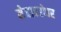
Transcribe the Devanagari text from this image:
मेघाबरोबर